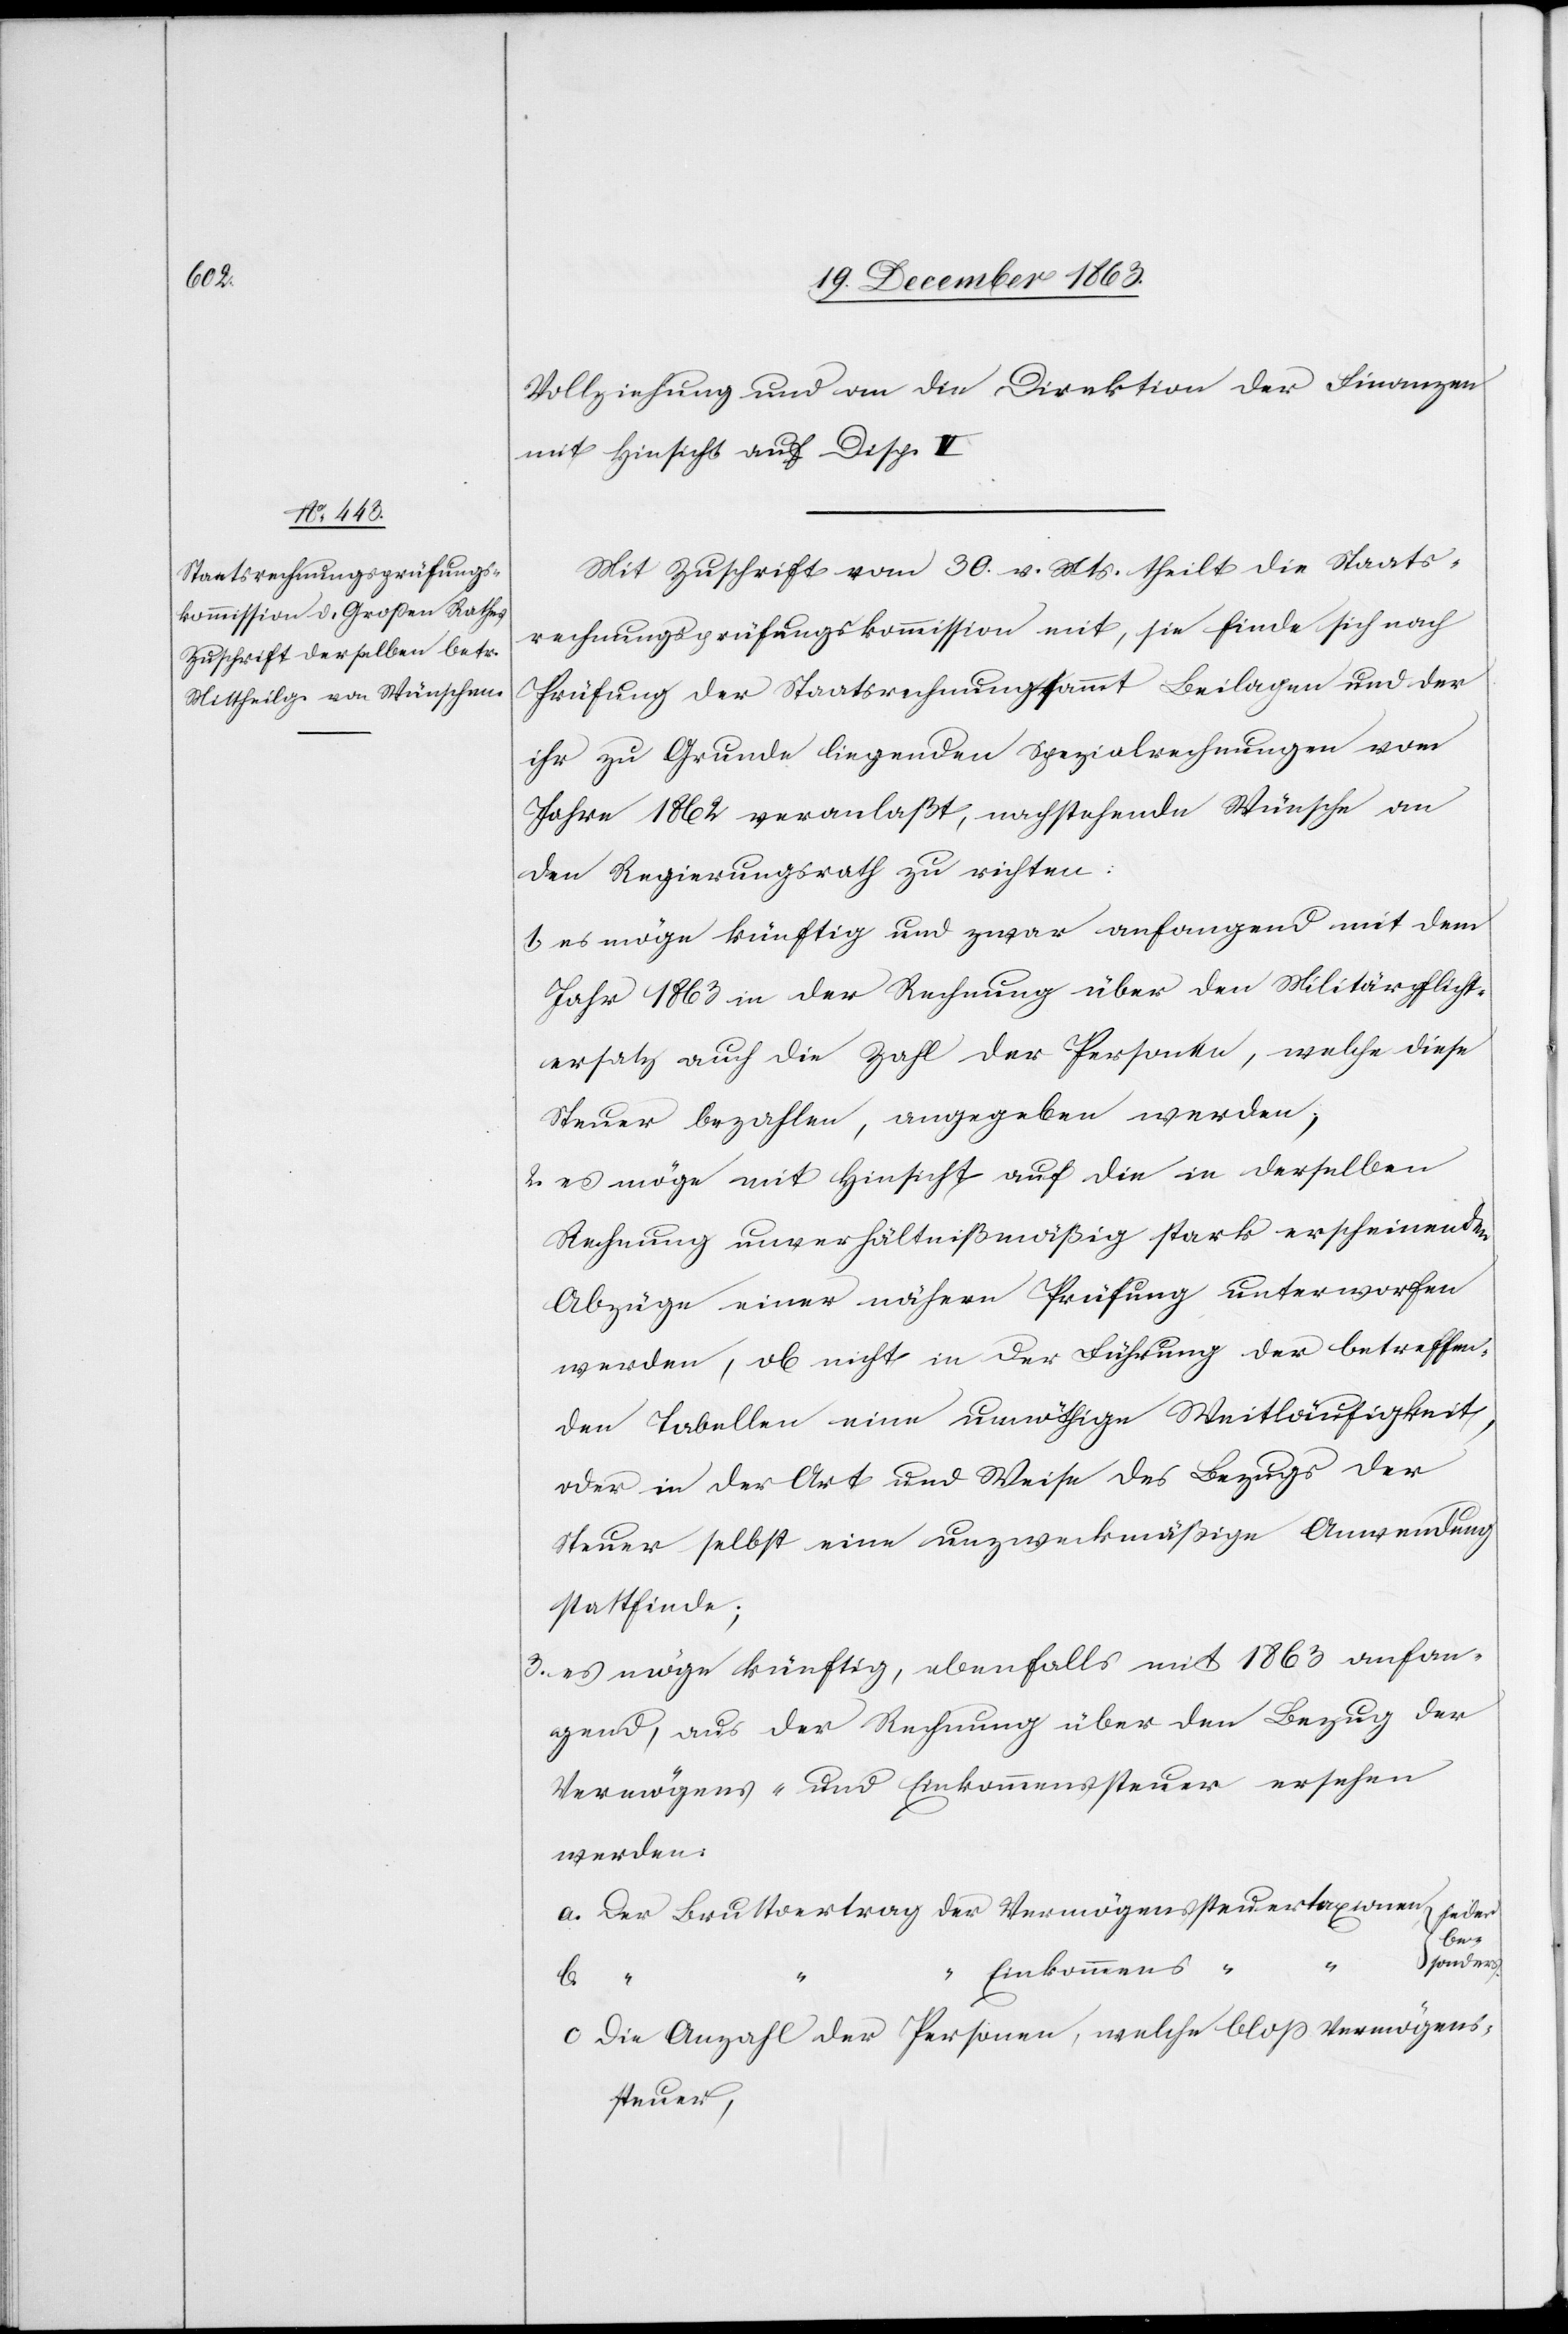
Vollziehung und an die Direktion der Finanzen
mit Hinsicht auf Disp. V.
Mit Zuschrift vom 30. v. Mts. theilt die Staats¬
rechnungsprüfungskommission mit, sie finde sich nach
Prüfung der Staatsrechnung sammt Beilagen und der
ihr zu Grunde liegenden Spezialrechnungen vom
Jahre 1862 veranlaßt, nachstehende Wünsche an
den Regierungsrath zu richten:
1. es möge künftig und zwar anfangend mit dem
Jahr 1863 in der Rechnung über den Militärpflicht¬
ersatz auch die Zahl der Personen, welche diese
Steuer bezahlen, angegeben werden;
2. es möge mit Hinsicht auf die in derselben
Rechnung unverhältnißmäßig stark erscheinenden
Abzüge einer näheren Prüfung unterworfen
werden, ob nicht in der Führung der betreffen¬
den Tabellen eine unnöthige Weitläufigkeit,
oder in der Art und Weise des Bezugs der
Steuer selbst eine unzweckmäßige Anwendung
stattfinde;
3. es möge künftig, ebenfalls mit 1863 anfan¬
gend, aus der Rechnung über den Bezug der
Vermögens- und Einkommenssteuer ersehen
werden:
a. Der Bruttoertrag der Vermögenssteuertaxionen			beides
be¬
sonders
c. Die Anzahl der Personen, welche bloss Vermögens¬
steuer,